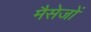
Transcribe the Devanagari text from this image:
मैसेजों